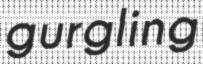
gurgling